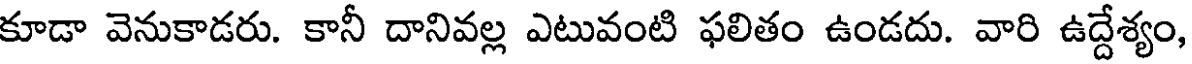
కూడా వెనుకాడరు. కానీ దానివల్ల ఎటువంటి ఫలితం ఉండదు. వారి ఉద్దేశ్యం,